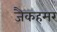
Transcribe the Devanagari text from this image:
जैकहमर